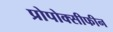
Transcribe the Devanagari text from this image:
प्रोपोक्सीफीन